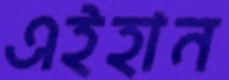
এইহান